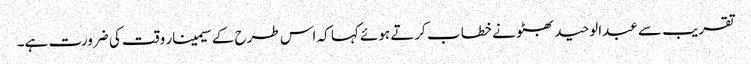
تقریب سے عبدالوحید بھٹو نے خطا ب کرتے ہوئے کہا کہ اس طرح کے سیمینار وقت کی ضرورت ہے۔